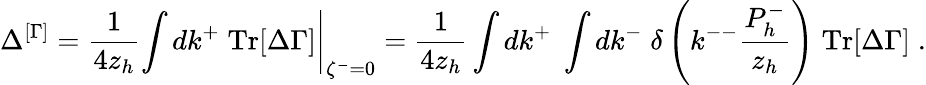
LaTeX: \Delta^{[\Gamma]}=\frac{1}{4z_{h}}\left.\int dk^{+}\; \mathrm{Tr}[\Delta\Gamma]\right|_{\zeta^{-}=0}=\frac{1}{4z_{h}}\int dk^{+}\; \int dk^{-}\; \delta\left(k^{--}\frac{P_{h}^{-}}{z_{h}}\right)\; \mathrm{Tr}[\Delta\Gamma]\; .